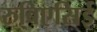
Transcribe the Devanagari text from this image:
रुबिएसिई